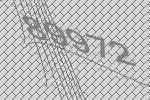
89972